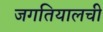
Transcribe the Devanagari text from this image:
जगतियालची